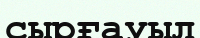
сырғауыл